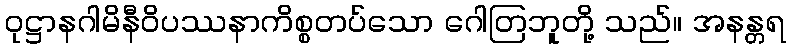
ဝုဋ္ဌာနဂါမိနီဝိပဿနာကိစ္စတပ်သော ဂေါတြဘူတို့ သည်။ အနန္တရ